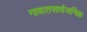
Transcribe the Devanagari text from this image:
गावातसार्वजनिक